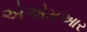
એએમઆર